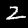
Label: 2